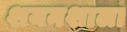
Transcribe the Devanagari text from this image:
शयनशाला